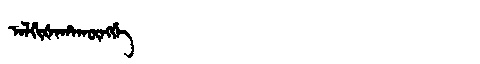
Manchu: ᠠᠯᡤᡳᡧᠠᡥᠠᡴᡡᠩᡤᡝ
Romanization: ALGIŠAHAKŪNGGE